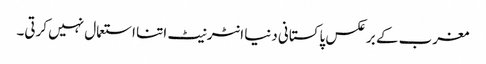
مغرب کے برعکس پاکستانی دنیا انٹرنیٹ اتنا استعمال نہیں کرتی۔